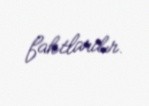
faktlardır.